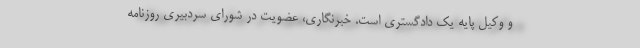
و وکیل پایه یک دادگستری است. خبرنگاری، عضویت در شورای سردبیری روزنامه